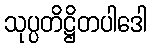
သုပ္ပတိဋ္ဌိတပါဒေါ